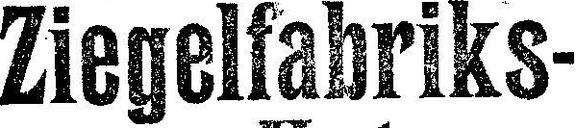
Ziegelfabriks-